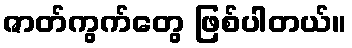
ဇာတ်ကွက်တွေ ဖြစ်ပါတယ်။